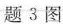
题3图